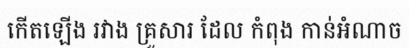
កើតឡើង រវាង គ្រួសារ ដែល កំពុង កាន់អំណាច